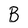
Character: B